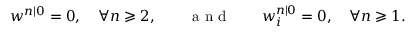
w ^ { n | 0 } = 0 , \quad \forall n \geqslant 2 , \qquad \mathrm { ~ a ~ n ~ d ~ } \qquad w _ { i } ^ { n | 0 } = 0 , \quad \forall n \geqslant 1 .